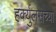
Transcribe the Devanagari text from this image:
हर्क्युलसच्या